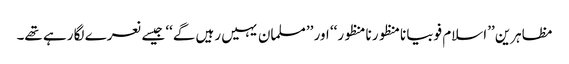
مظاہرین ’’اسلام فوبیا نامنظور نامنظور‘‘ اور ’’مسلمان یہیں رہیں گے‘‘ جیسے نعرے لگا رہے تھے۔